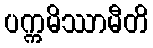
ပက္ကမိဿာမီတိ